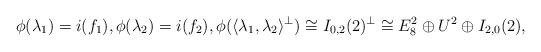
LaTeX: \begin{align*}\phi(\lambda_1)=i(f_1), \phi(\lambda_2)=i(f_2), \phi(\langle \lambda_1,\lambda_2 \rangle^{\perp})\cong I_{0,2}(2)^{\perp}\cong E_8^2 \oplus U^2 \oplus I_{2,0}(2),\end{align*}